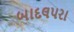
બાદલપરા